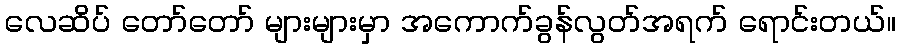
လေဆိပ် တော်တော် များများမှာ အကောက်ခွန်လွတ်အရက် ရောင်းတယ်။